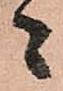
者